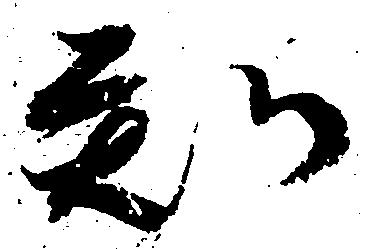
知